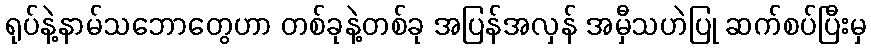
ရုပ်နဲ့နာမ်သဘောတွေဟာ တစ်ခုနဲ့တစ်ခု အပြန်အလှန် အမှီသဟဲပြု ဆက်စပ်ပြီးမှ